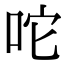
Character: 咜